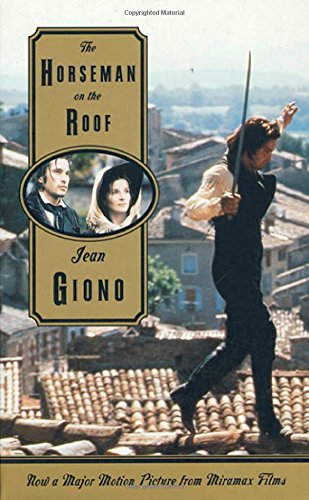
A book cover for The Horseman on the Roof; Jean Giono; Literature & Fiction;